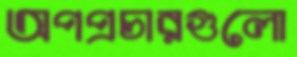
অপপ্রচারগুলো